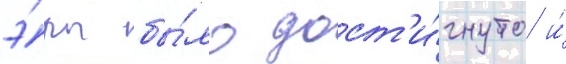
э́ры бы́ло дост'и́гнуто и́